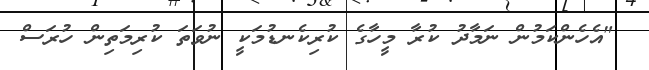
"އެހެންކަމުން ނަމާދު ކުރާ މީހާގެ ކުރިކެނޑުމަކީ ނުވަތަ ކުރިމަތިން ހުރަސް